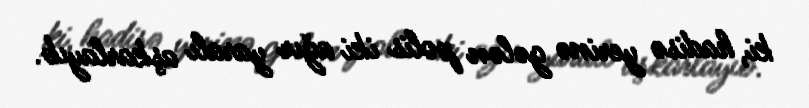
ki, hadisə yerinə gələn polis iki ağır yaralı aşkarlayıb.